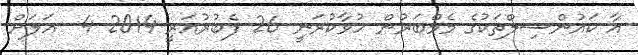
އާ ކައުންސިލްތަކުގެ މެމްބަރުން ހުވާކުރަނީ 26 ފެބުރުއަރީ 2014 4  އަލަށް